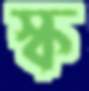
স্ক